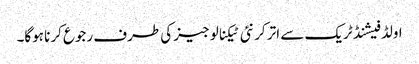
اولڈ فیشنڈ ٹریک سے اتر کر نئی ٹیکنالوجیز کی طرف رجوع کرنا ہوگا۔